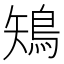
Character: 鴙